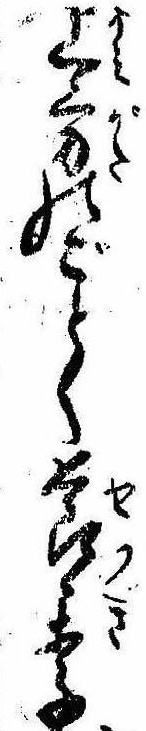
上方のごとく節季